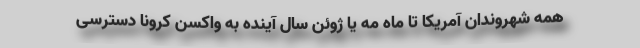
همه شهروندان آمریکا تا ماه مه یا ژوئن سال آینده به واکسن کرونا دسترسی